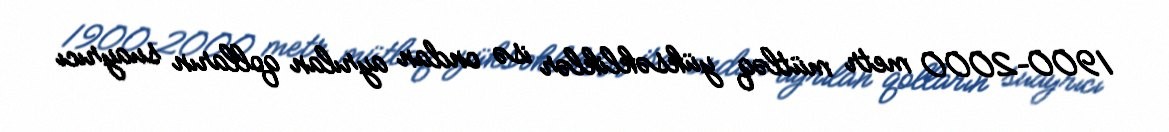
1900–2000 metr mütləq yüksəkliklər isə ondan ayrılan qolların suayrıcı